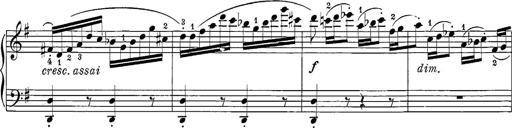
Title: 12 Sonatine per Pianoforte
Composer: Friedrich Kuhlau